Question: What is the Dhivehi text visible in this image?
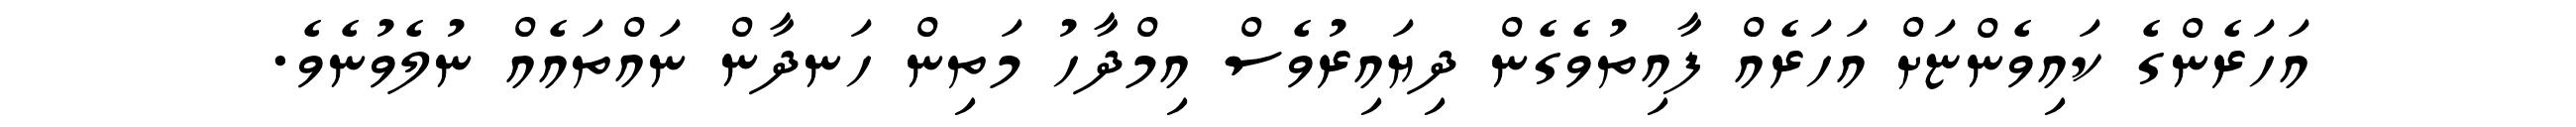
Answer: އަހަރެންގެ ކައިވެންޏަށް އަހަރެއް ފާއިތުވެގެން ދިޔައިރުވެސް އިމްދާހު މަތިން ހަނދާން ނައްތައެއް ނުލެވުނެވެ.